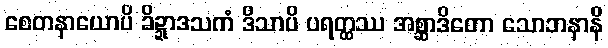
စေတနာယောပိ ခိဍ္ဍာဒသကံ ဒိသာပိ ပရတ္ထဿ အစ္ဆာဒိတော သောဘနာနိ